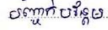
បញ្ជាក់បន្ថែម